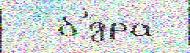
  б'́дра